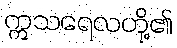
ဣသရေလတို့၏